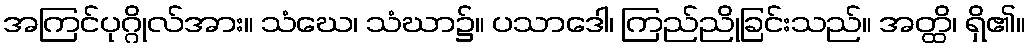
အကြင်ပုဂ္ဂိုလ်အား။ သံဃေ၊ သံဃာ၌။ ပသာဒေါ၊ ကြည်ညိုခြင်းသည်။ အတ္ထိ၊ ရှိ၏။